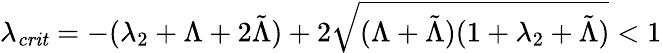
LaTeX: \lambda_{\mathit{crit}}=-(\lambda_{2}+\Lambda+2\tilde{\Lambda})+2\sqrt{(\Lambda+\tilde{\Lambda})(1+\lambda_{2}+\tilde{\Lambda})}<1